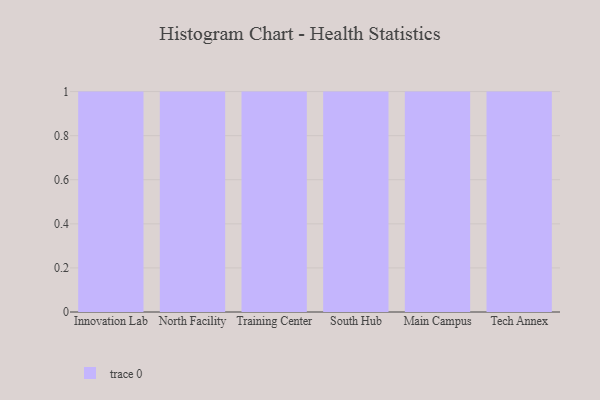
{"axis": {"x": "Campus", "y": "Shipments"}, "legend": [""], "data": [{"x": "Innovation Lab", "y": 49, "type": ""}, {"x": "North Facility", "y": 9, "type": ""}, {"x": "Training Center", "y": 96, "type": ""}, {"x": "South Hub", "y": 72, "type": ""}, {"x": "Main Campus", "y": 16, "type": ""}, {"x": "Tech Annex", "y": 87, "type": ""}]}